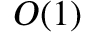
{ \cal O } ( 1 )